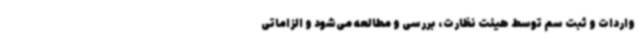
واردات و ثبت سم توسط هیئت نظارت، بررسی و مطالعه می‌شود و الزاماتی